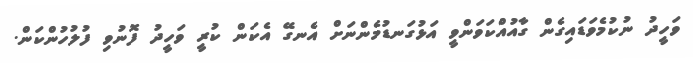
ވަހީދު ނުކުމެވަޑައިގެން ގާއުއްކަވަންވީ އަޅުގަނޑުމެންނަށް އެނގޭ އެކަން ކުރީ ވަހީދު ފޮނުވި ފުލުހުންކަން.